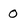
Character: 0